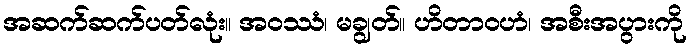
အဆက်ဆက်ပတ်လုံး။ အဝဿံ၊ မချွတ်။ ဟိတာဝဟံ၊ အစီးအပွားကို